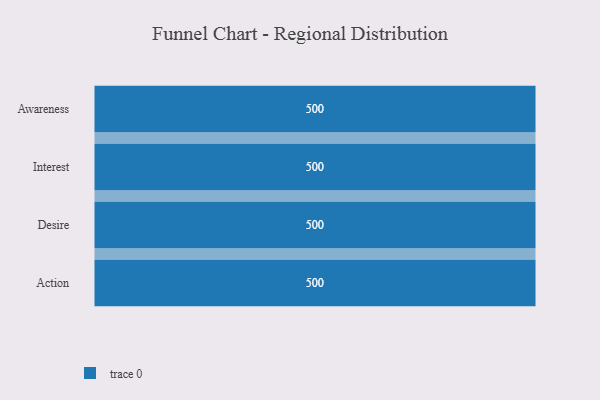
{"axis": {"x": "Stage", "y": "Value"}, "legend": [""], "data": [{"x": "Awareness", "y": 500, "type": ""}, {"x": "Interest", "y": 500, "type": ""}, {"x": "Desire", "y": 500, "type": ""}, {"x": "Action", "y": 500, "type": ""}]}